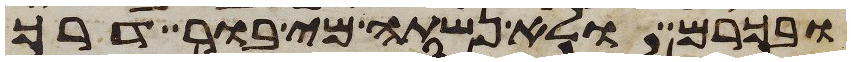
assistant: ובכרם ולא נשתה מי בור דרך